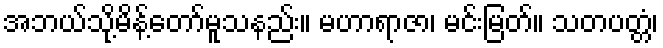
အဘယ်သို့မိန့်တော်မူသနည်း။ မဟာရာဇာ၊ မင်းမြတ်။ သတပတ္တံ၊